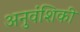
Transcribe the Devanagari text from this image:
अनुवंशिकी